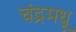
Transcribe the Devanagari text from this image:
चंद्रमधू